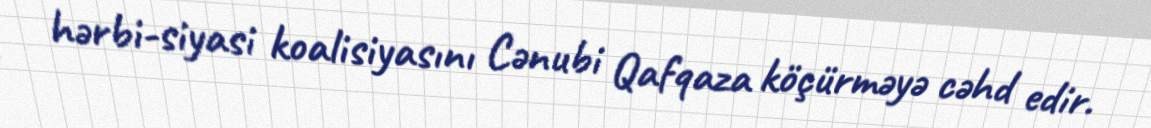
hərbi-siyasi koalisiyasını Cənubi Qafqaza köçürməyə cəhd edir.